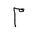
Letter: _mim